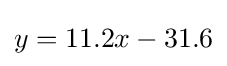
y=11.2x-31.6